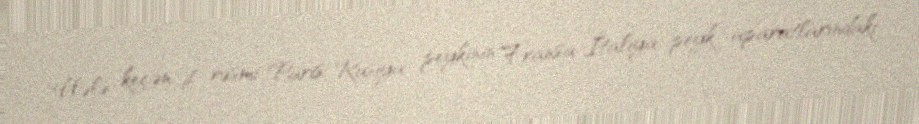
Hələ keçən il rəsmi Paris Rusiya peykinin Fransa-İtaliya peyk aparatlarındakı